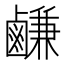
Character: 鹻